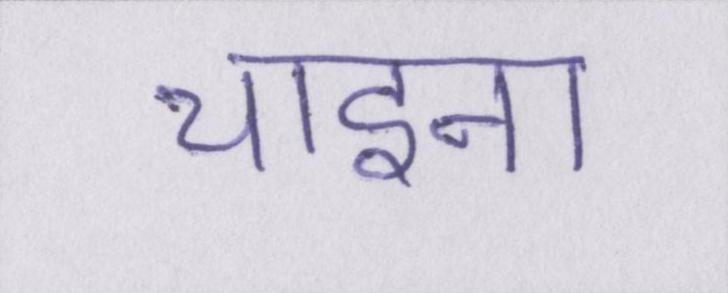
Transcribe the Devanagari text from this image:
चाइना